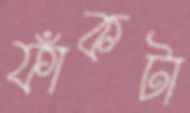
ফাঁকটা